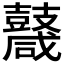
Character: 𪔩